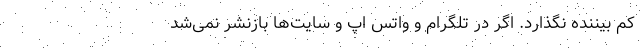
کم بیننده نگذارد. اگر در تلگرام و واتس اپ و سایت‌ها بازنشر نمی‌شد